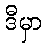
ဒီမှာ